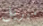
ميريل